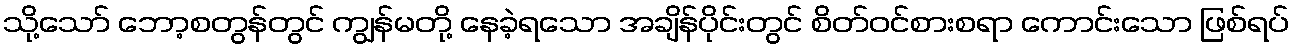
သို့သော် ဘော့စတွန်တွင် ကျွန်မတို့ နေခဲ့ရသော အချိန်ပိုင်းတွင် စိတ်ဝင်စားစရာ ကောင်းသော ဖြစ်ရပ်